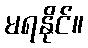
မရနိုင်။